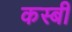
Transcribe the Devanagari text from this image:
कस्बी